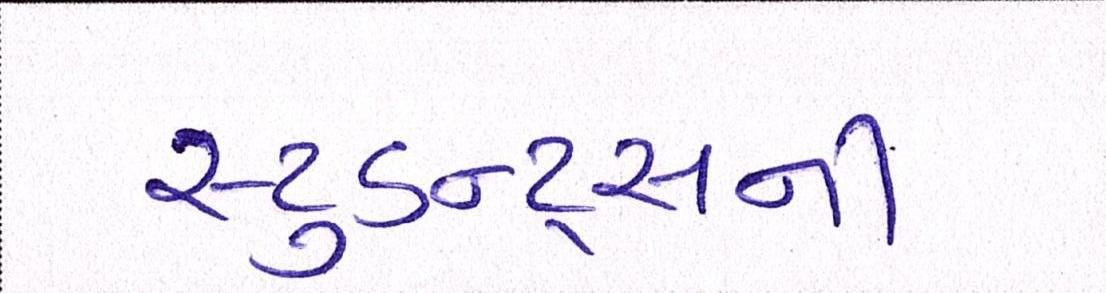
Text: સ્ટુડન્ટ્સની